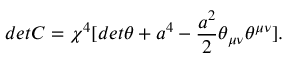
d e t C = { \chi } ^ { 4 } [ d e t { \theta } + a ^ { 4 } - \frac { a ^ { 2 } } { 2 } { \theta } _ { { \mu } { \nu } } { \theta } ^ { { \mu } { \nu } } ] .